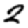
Digit: 2